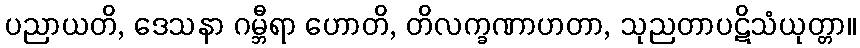
ပညာယတိ, ဒေသနာ ဂမ္ဘီရာ ဟောတိ, တိလက္ခဏာဟတာ, သုညတာပဋိသံယုတ္တာ။